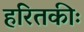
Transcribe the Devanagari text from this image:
हरितकीः